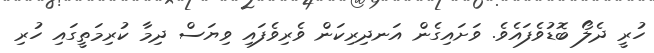
ހުރީ ދެލޯ ބޮޑުވެފައެވެ. ވަށައިގެން އަނދިރިކަން ވެރިވެފައި ވިޔަސް ދިމާ ކުރިމަތީގައި ހުރި